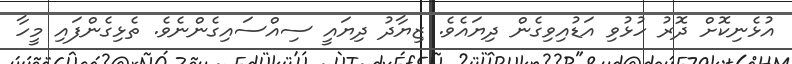
އުޅެނިކޮށް ދޮރު ހުޅުވި އަޑުއިވިގެން ދިޔައެވެ. ޒިޔާދު ދިޔައީ ސިއްސައިގެންނެވެ. ތެޅިގެންފަަައި މީހާ